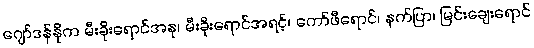
ဂျော်ဒန်နိုက မီးခိုးရောင်အနု၊ မီးခိုးရောင်အရင့်၊ ကော်ဖီရောင်၊ နက်ပြာ၊ မြင်းချေးရောင်